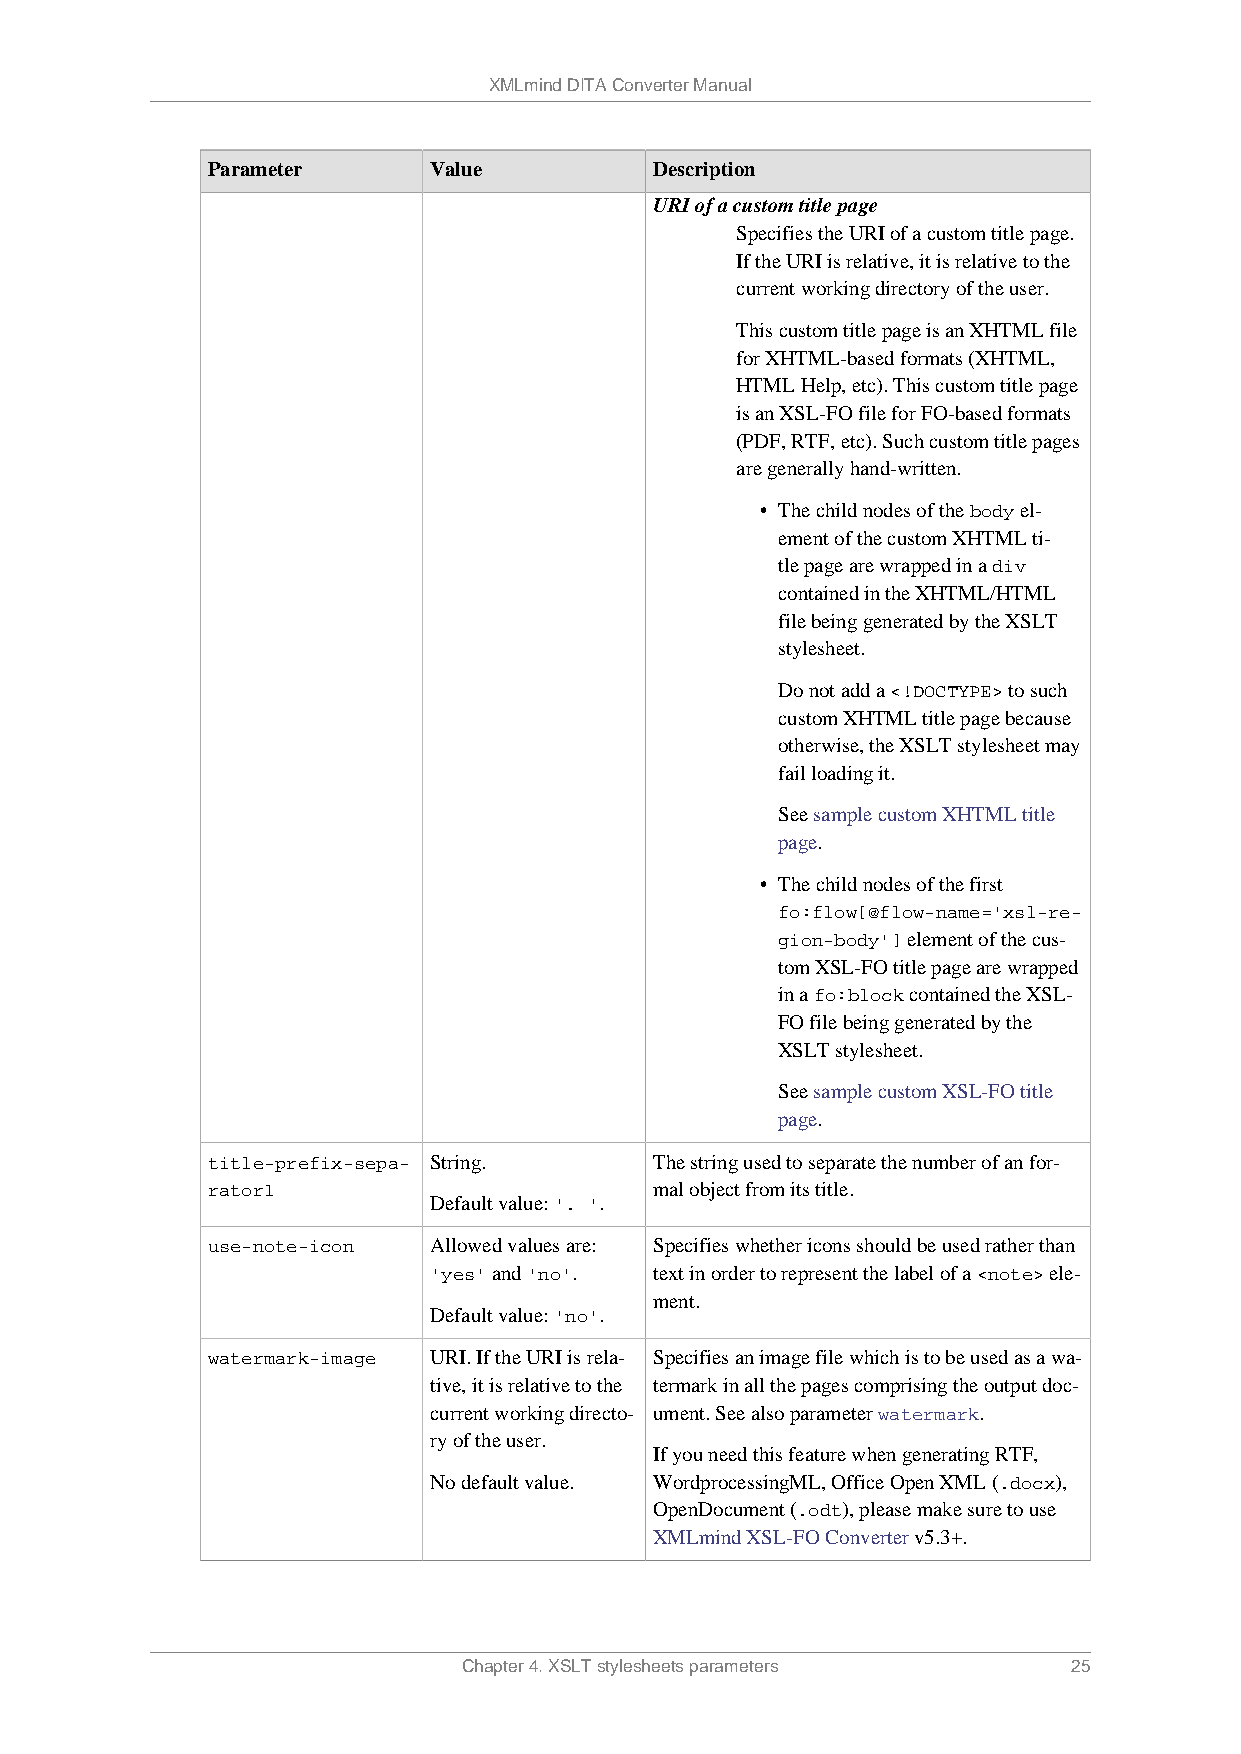
XMLmind DITA Converter Manual
 Parameter     Value          Description
 URI of a custom title page
 Specifies the URI of a custom title page.
 If the URI is relative, it is relative to the
 current working directory of the user.
 This custom title page is an XHTML file
 for XHTML-based formats (XHTML,
 HTML Help, etc). This custom title page
 is an XSL-FO file for FO-based formats
 (PDF, RTF, etc). Such custom title pages
 are generally hand-written.
 • The child nodes of the body el-
 ement of the custom XHTML ti-
 tle page are wrapped in a div
 contained in the XHTML/HTML
 file being generated by the XSLT
 stylesheet.
 Do not add a <!DOCTYPE> to such
 custom XHTML title page because
 otherwise, the XSLT stylesheet may
 fail loading it.
 See sample custom XHTML title
 page.
 • The child nodes of the first
 fo:flow[@flow-name='xsl-re-
 gion-body'] element of the cus-
 tom XSL-FO title page are wrapped
 in a fo:block contained the XSL-
 FO file being generated by the
 XSLT stylesheet.
 See sample custom XSL-FO title
 page.
 title-prefix-sepa- String.   The string used to separate the number of an for-
 rator1                       mal object from its title.
 Default value: '. '.
 use-note-icon Allowed values are: Specifies whether icons should be used rather than
 'yes' and 'no'. text in order to represent the label of a <note> ele-
 ment.
 Default value: 'no'.
 watermark-image URI. If the URI is rela- Specifies an image file which is to be used as a wa-
 tive, it is relative to the termark in all the pages comprising the output doc-
 current working directo- ument. See also parameter watermark.
 ry of the user.
 If you need this feature when generating RTF,
 No default value. WordprocessingML, Office Open XML (.docx),
 OpenDocument (.odt), please make sure to use
 XMLmind XSL-FO Converter v5.3+.
 Chapter 4. XSLT stylesheets parameters  25